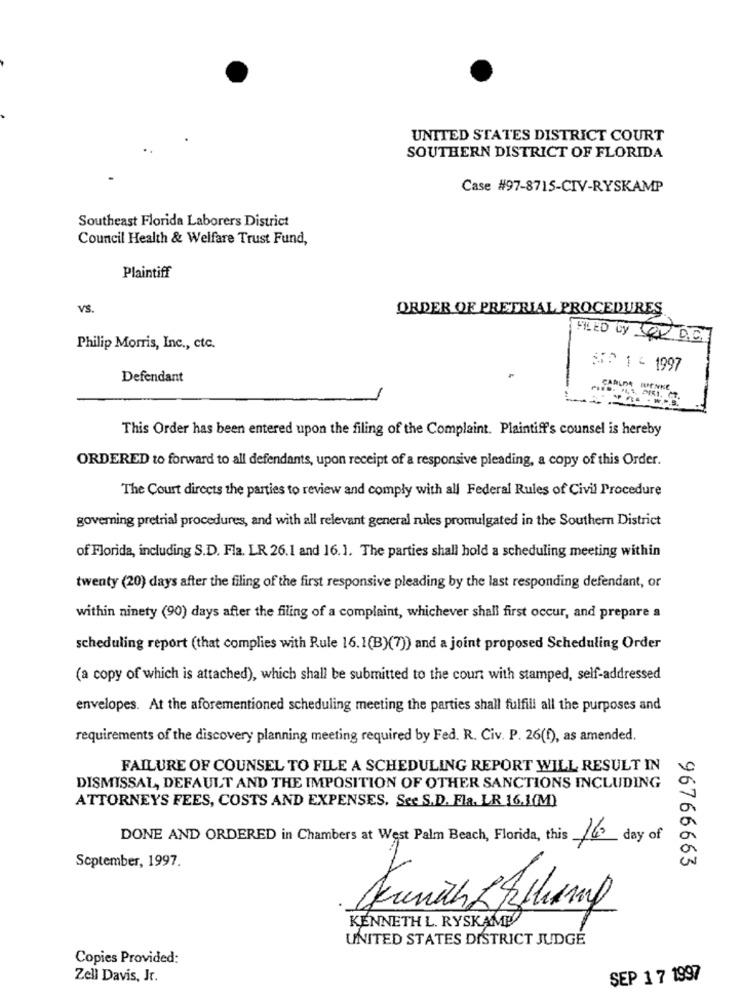
UNITED STATES DISTRICT COURT
SOUTHERN DISTRICT OF FLORIDA
Case #97-8715-CIV-RYSKAMP
Southeast Florida Laborers District
Council Health & Welfare Trust Fund,
Plaintiff
VS.
ORDER OF PRETRIAL PROCEDURES
FILED by ER D.C.
Philip Morris, Inc ., etc.
SF2 1 - 1997
Defendant
CARLDA MIENNE
---
This Order has been entered upon the filing of the Complaint. Plaintiff's counsel is hereby
ORDERED to forward to all defendants, upon receipt of a responsive pleading, a copy of this Order.
The Court directs the parties to review and comply with all Federal Rules of Civil Procedure
governing pretrial procedures, and with all relevant general rules promulgated in the Southern District
of Florida, including S.D. Fla. LR 26.1 and 16.1. The parties shall hold a scheduling meeting within
twenty (20) days after the filing of the first responsive pleading by the last responding defendant, or
within ninety (90) days after the filing of a complaint, whichever shall first occur, and prepare a
scheduling report (that complies with Rule 16. 1(B)(7)) and a joint proposed Scheduling Order
(a copy of which is attached), which shall be submitted to the count with stamped, self-addressed
envelopes. At the aforementioned scheduling meeting the parties shall fulfill all the purposes and
requirements of the discovery planning meeting required by Fed. R. Civ. P. 26(f), as amended.
FAILURE OF COUNSEL TO FILE A SCHEDULING REPORT WILL RESULT IN
DISMISSAL, DEFAULT AND THE IMPOSITION OF OTHER SANCTIONS INCLUDING
ATTORNEYS FEES, COSTS AND EXPENSES. See S.D. Fla. LR 16.1(M)
DONE AND ORDERED in Chambers at West Palm Beach, Florida, this
16 day of
September, 1997.
96766663
KENNETH L. RYSKAME
UNITED STATES DISTRICT JUDGE
Copies Provided:
Zell Davis, Jr.
SEP 1 7 1997